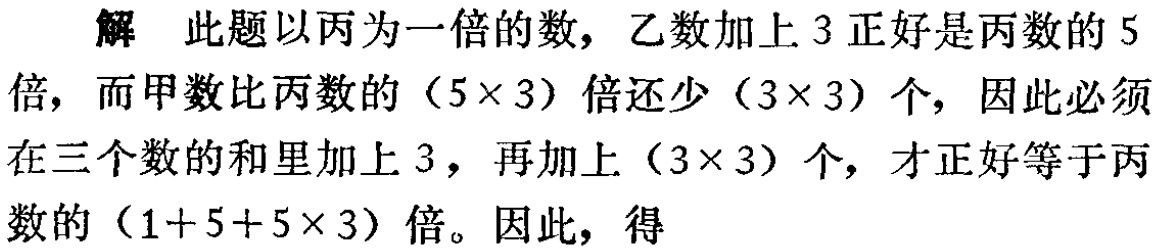
解 此题以丙为一倍的数，乙数加上 3 正好是丙数的 5 倍，而甲数比丙数的\((5\times 3)\)倍还少\((3\times 3)\)个，因此必须在三个数的和里加上 3，再加上\((3\times 3)\)个，才正好等于丙数的\((1 + 5+5\times 3)\)倍。因此，得